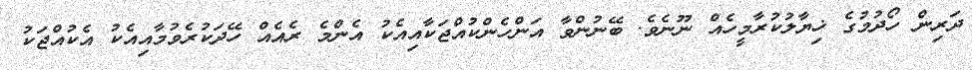
ދަރިން ހޯދުމުގެ ޚިޔާލުކުރާމީހެއް ނޫނެވެ. ބޭނުންވާ އަންހެންކުއްޖަކާއިއެކު އެންމެ ރެއެއް ހޭދަކުރެވުމާއިއެކު އެކުއްޖަކު